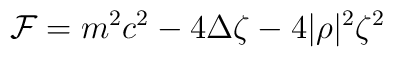
{\cal F}=m^2c^2-4\Delta \zeta -4|\rho |^2\zeta ^2\;\;